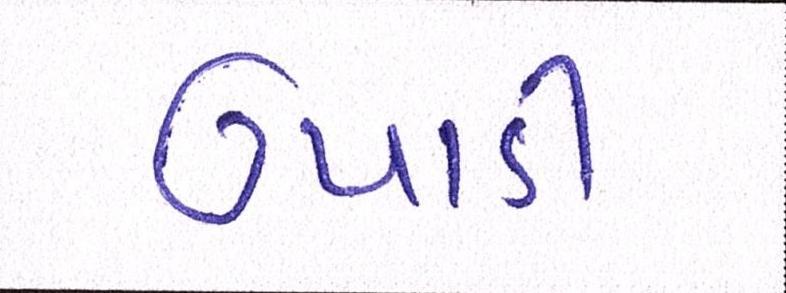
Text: ઉપાડી